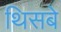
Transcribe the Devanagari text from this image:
थिसबे